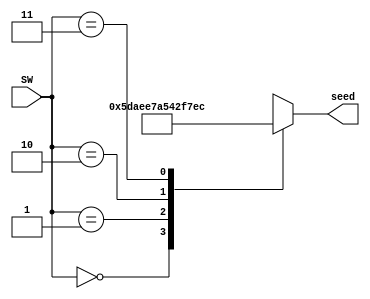
module seed_select(SW,seed);

	input [1:0]SW;
	output [13:0]seed;
	reg [13:0]seed;
	
	always@ (SW)
	begin
		case (SW)
			0: seed=14'b01011101101011;
			1: seed=14'b10111001111010;
			2: seed=14'b01010100001011;
			3: seed=14'b11011111101100;
		default:seed=14'b11110000111100;
	endcase
end
endmodule